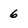
Character: 6